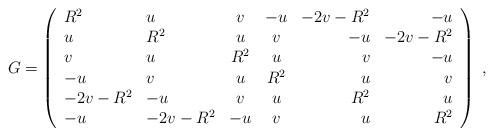
LaTeX: \begin{align*}G=\left(\begin{array}{llccrr}R^2&u&v&-u&-2v-R^2&-u\\u&R^2&u&v&-u&-2v-R^2\\v&u&R^2&u&v&-u\\-u&v&u&R^2&u&v\\-2v-R^2&-u&v&u&R^2&u\\-u&-2v-R^2&-u&v&u&R^2\end{array} \right)\;,\end{align*}